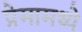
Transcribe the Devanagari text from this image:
प्रेमामध्ये